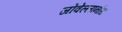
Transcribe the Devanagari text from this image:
जोवेल्लानोस